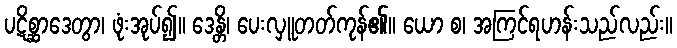
ပဋိစ္ဆာဒေတွာ၊ ဖုံးအုပ်၍။ ဒေန္တိ၊ ပေးလှူတတ်ကုန်၏။ ယော စ၊ အကြင်ရဟန်းသည်လည်း။